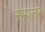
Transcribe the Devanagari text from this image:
सेम्पलर